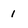
Character: 1